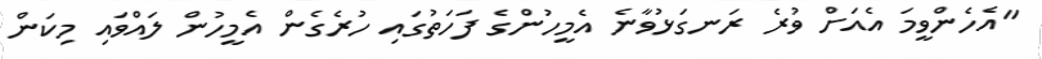
"އެހެންވީމަ އެއަށް ވުރެ ރަނގަޅުވާނެ އެމީހުންގެ ފަހަތުގައި ހުރެގެން އެމީހުން ލައްވައި މިކަން